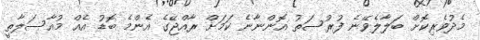
މެދުވެރިކޮށް ބަލާލެވޭނެ ފުރުސަތު އޮންނާނެ ކަމަށް ރާއްޖޭގެ އެންމެ ބޮޑު އެއް މުއާސަލާތީ